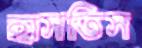
হাসতিস